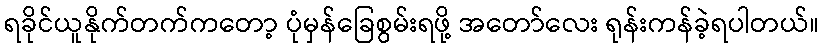
ရခိုင်ယူနိုက်တက်ကတော့ ပုံမှန်ခြေစွမ်းရဖို့ အတော်လေး ရုန်းကန်ခဲ့ရပါတယ်။